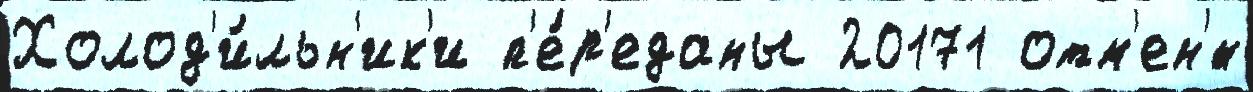
Холод'и́льн'ик'и п'е́р'еданы 20171 отм'ен'́н